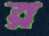
র